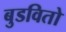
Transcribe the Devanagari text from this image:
बुडवितो